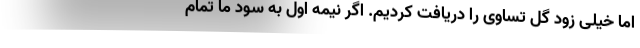
اما خیلى زود گل تساوى را دریافت کردیم. اگر نیمه اول به سود ما تمام